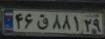
۴۶ق۸۸۱۲۹